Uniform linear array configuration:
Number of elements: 16
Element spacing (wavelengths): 0.5
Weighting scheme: exponential
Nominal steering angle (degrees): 0
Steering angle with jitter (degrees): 0.1249
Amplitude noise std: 0.05
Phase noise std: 0.05

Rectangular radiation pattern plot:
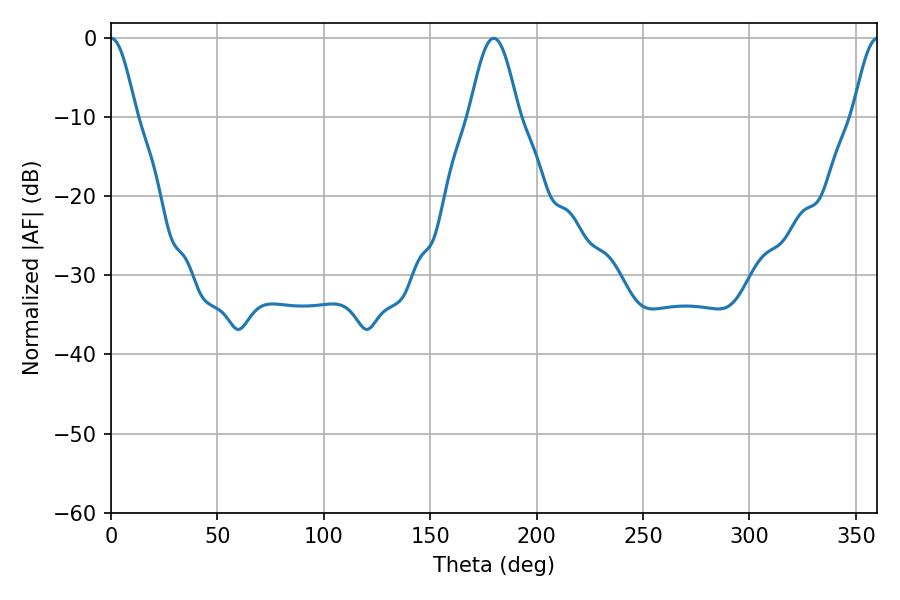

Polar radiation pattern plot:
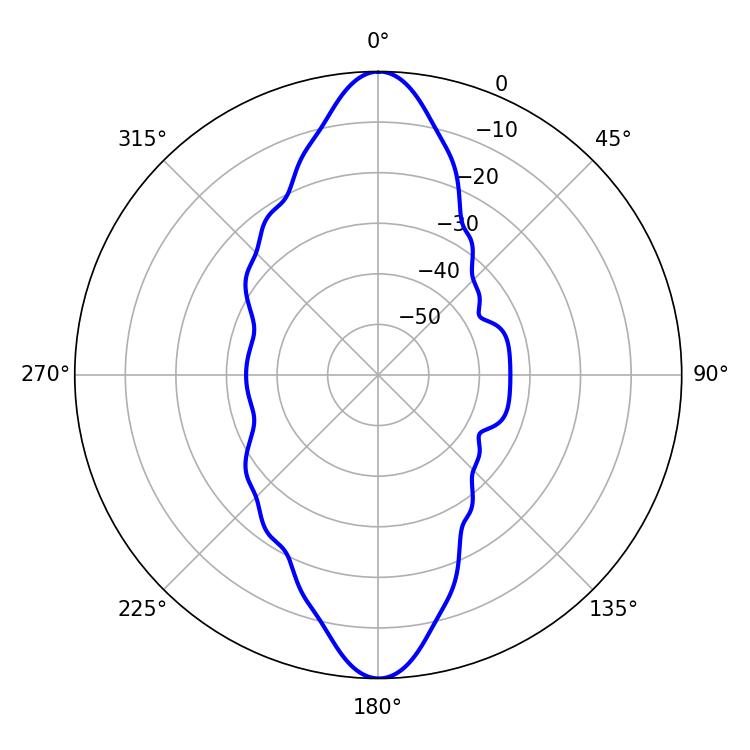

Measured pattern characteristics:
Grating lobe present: FALSE
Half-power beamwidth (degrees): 6.3
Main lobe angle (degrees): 0.18